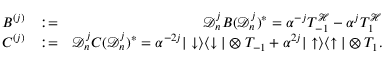
\begin{array} { r l r } { B ^ { ( j ) } } & { : = } & { \mathcal { D } _ { n } ^ { j } B ( \mathcal { D } _ { n } ^ { j } ) ^ { * } = \alpha ^ { - j } T _ { - 1 } ^ { \mathcal { H } } - \alpha ^ { j } T _ { 1 } ^ { \mathcal { H } } } \\ { \quad C ^ { ( j ) } } & { : = } & { \mathcal { D } _ { n } ^ { j } C ( \mathcal { D } _ { n } ^ { j } ) ^ { * } = \alpha ^ { - 2 j } | \downarrow \rangle \langle \downarrow | \otimes T _ { - 1 } + \alpha ^ { 2 j } | \uparrow \rangle \langle \uparrow | \otimes T _ { 1 } . } \end{array}